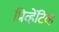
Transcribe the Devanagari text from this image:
प्रिव्हेंटिव्ह